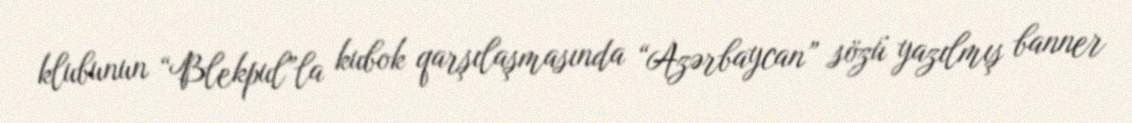
klubunun “Blekpul”la kubok qarşılaşmasında “Azərbaycan” sözü yazılmış banner